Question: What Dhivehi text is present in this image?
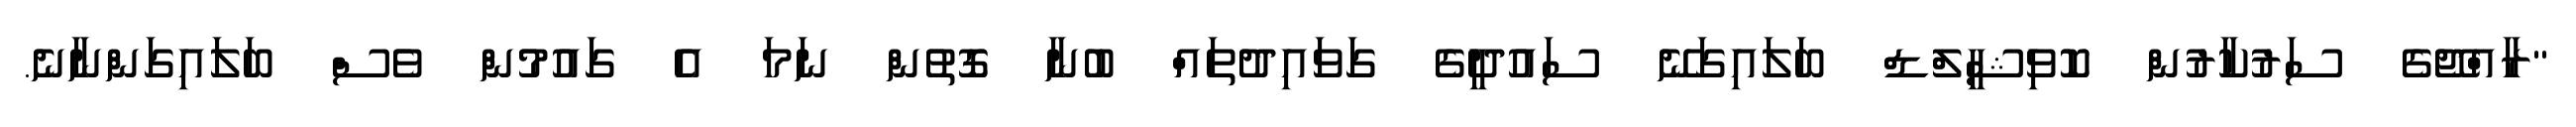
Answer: "ރާއްޖޭގެ ސަރުކާރުން ކޮވިޝީލްޑް ބަލައިގަނޭ ސައުދީގެ ގަވައިދުތައް ބުނާ ގޮތުން ނަމަ އެ ގައުމުން ވެސް ބަލައިގަންނާނެ.